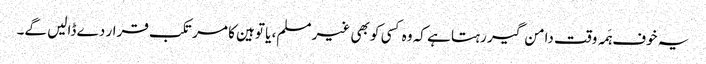
یہ خوف ہَمہ وقت دامن گیر رہتا ہے کہ وہ کسی کو بھی غیر مسلم، یا توہین کا مرتکب قرار دے ڈالیں گے۔